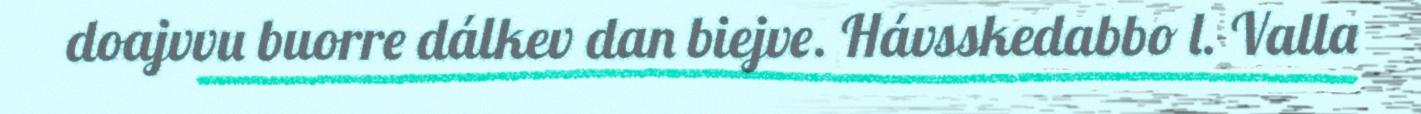
doajvvu buorre dálkev dan biejve. Hávsskedabbo l. Valla